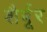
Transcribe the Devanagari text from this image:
शैर्बूर